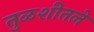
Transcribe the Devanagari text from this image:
तुळशीतले